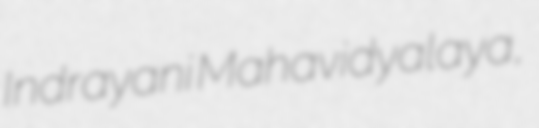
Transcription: Indrayani Mahavidyalaya,